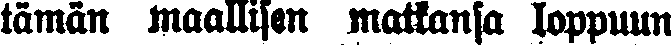
tämän maallisen matkansa loppuun